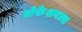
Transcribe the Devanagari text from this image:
प्रोफ़ेशनल्स